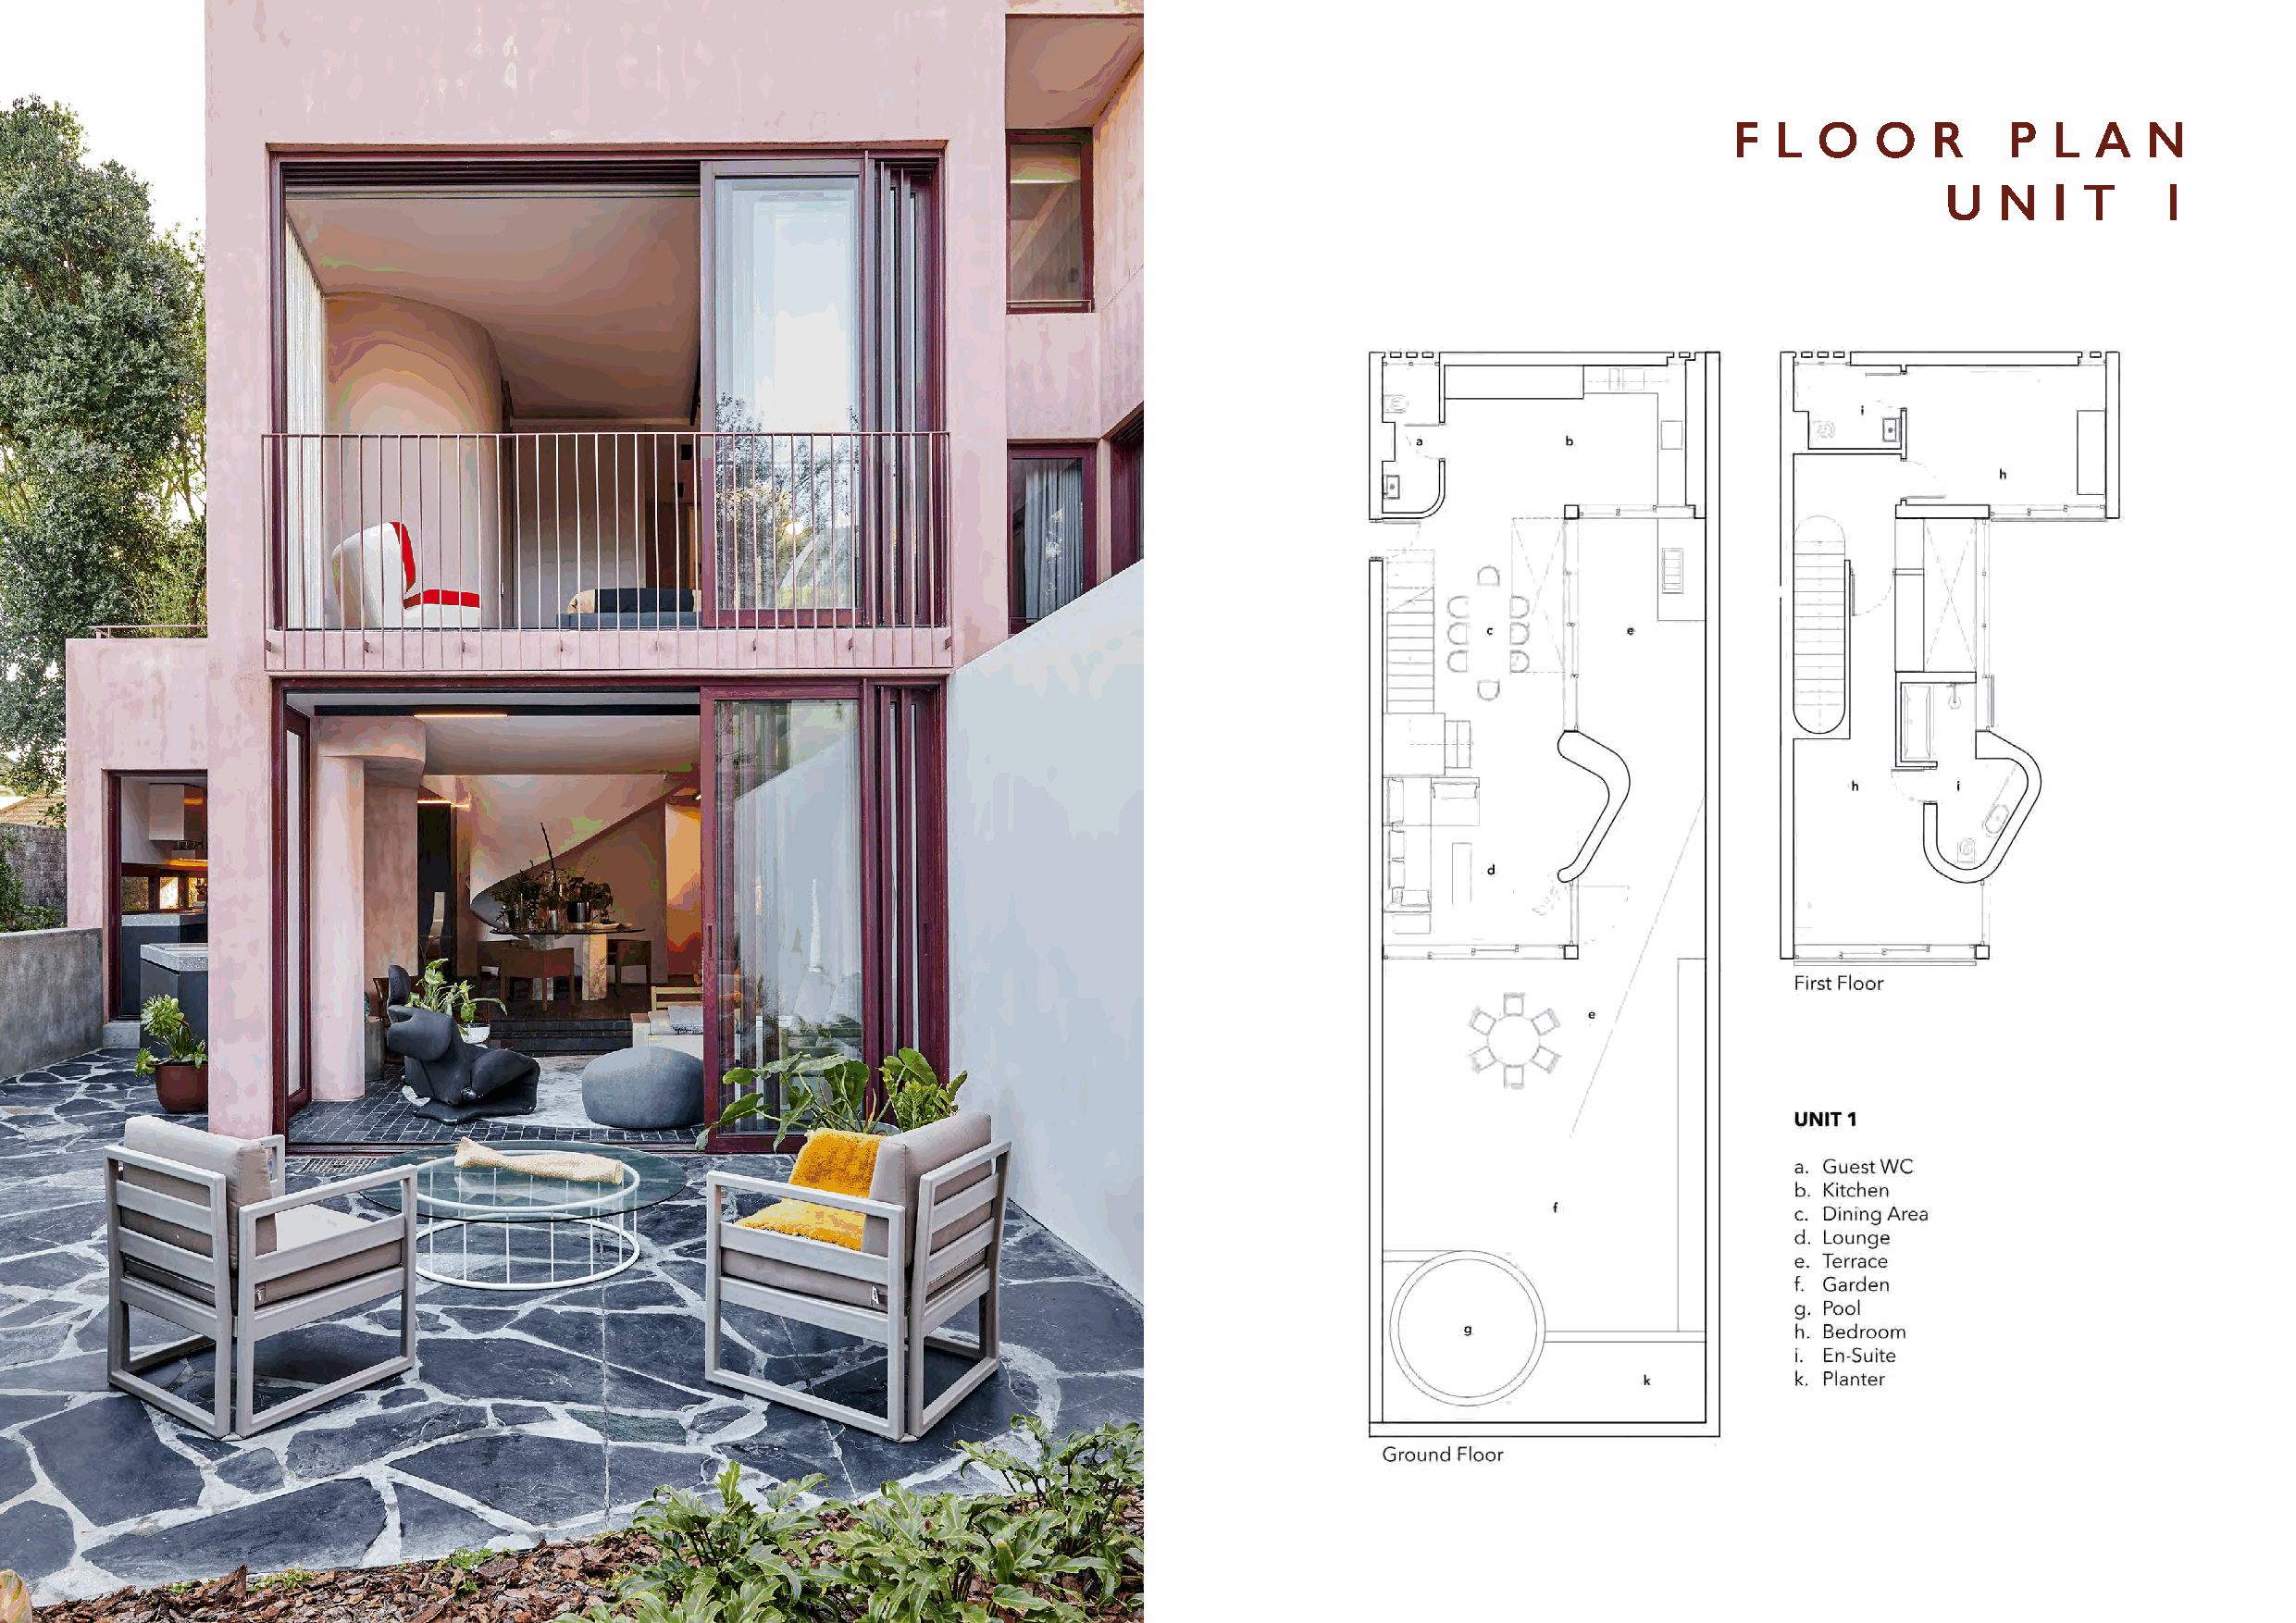
F  L  O   O   R     P  L  A   N
 U   N   I T    1